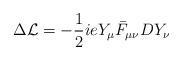
LaTeX: \begin{align*}\Delta{\cal L} = -{1\over 2}ieY_{\mu}\bar F_{\mu\nu}DY_{\nu}\\\end{align*}